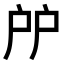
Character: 𢨯